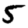
Digit: 5